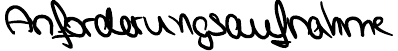
Anforderungsaufnahme